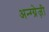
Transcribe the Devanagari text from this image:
अन्ग्ग्रेज़ी